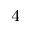
_ { 4 }